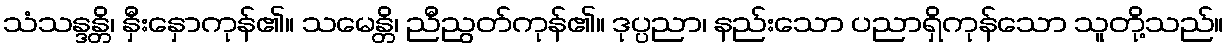
သံသန္ဒန္တိ၊ နှီးနှောကုန်၏။ သမေန္တိ၊ ညီညွတ်ကုန်၏။ ဒုပ္ပညာ၊ နည်းသော ပညာရှိကုန်သော သူတို့သည်။